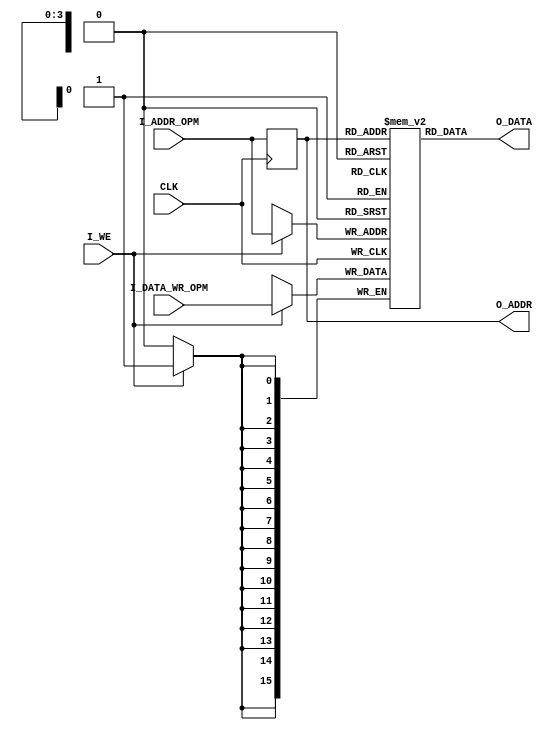
module opm
    #(parameter DATA_OPM_SZ = 16,  // data width in RAM 
      parameter ADDR_OPM_SZ = 4)   // addr width in RAM 
    (CLK, I_WE, I_ADDR_OPM, I_DATA_WR_OPM, 
     O_DATA, O_ADDR);
  
    
//  input signals
    input wire CLK;                             // clock 50 MHz
    input wire I_WE;                            // RAM write enable signal 
    input wire [ADDR_OPM_SZ-1:0] I_ADDR_OPM;    // word addr in RAM
    input wire [DATA_OPM_SZ-1:0] I_DATA_WR_OPM; // word to write to RAM
//  output signals    
    output [DATA_OPM_SZ-1:0] O_DATA;
    output [ADDR_OPM_SZ-1:0] O_ADDR;
//  internal signals
    reg [DATA_OPM_SZ-1:0] op_ram[0:2**ADDR_OPM_SZ-1]; // one port memory
    reg [ADDR_OPM_SZ-1:0] addr_reg;

//  write operation 
    always @(posedge CLK) begin
      if (I_WE)
        op_ram[I_ADDR_OPM] <= I_DATA_WR_OPM;
      addr_reg <= I_ADDR_OPM;       
    end
    
//  read operation    
    assign O_ADDR = addr_reg;
    assign O_DATA = op_ram[addr_reg];
    
    
endmodule